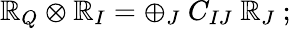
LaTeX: \mathbb{R}_{Q}\otimes\mathbb{R}_{I}=\oplus_{J}\ C_{IJ}\ \mathbb{R}_{J}\ ;